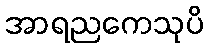
အာရညကေသုပိ